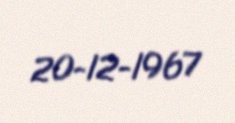
20-12-1967